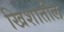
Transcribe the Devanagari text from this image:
खिशातील